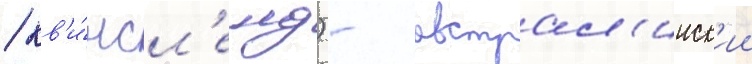
/ кв'и́нсл'енд) - австрал'ииск'ии